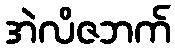
အဲလိဇဘက်